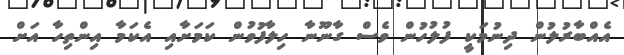
އެއްބާރުލުން ދިނުމަކީ ފުލުހުން ވެސް ގާނޫނާ ހިލާފުވުން ކަމަަށާއި އެކަމާ އިންތިހާ އަށް